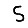
Digit: 5